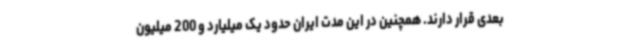
بعدی قرار دارند. همچنین در این مدت ایران حدود یک میلیارد و 200 میلیون